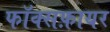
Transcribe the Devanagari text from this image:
फॉक्सफ़ायर